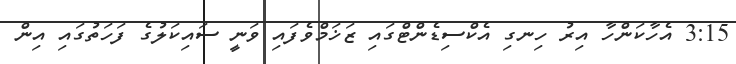
3:15 އެހާކަންހާ އިރު ހިނގި އެކްސިޑެންޓްގައި ޒަޚަމްވެފައި ވަނީ ސައިކަލުގެ ފަހަތުގައި އިން